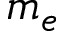
m _ { e }